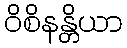
ဝိစိနန္တိယာ